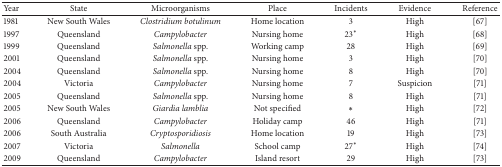
<table><thead><tr><td><b>Year</b></td><td><b>State</b></td><td><b>Microorganisms</b></td><td><b>Place</b></td><td><b>Incidents</b></td><td><b>Evidence</b></td><td><b>Reference</b></td></tr></thead><tbody><tr><td>1981</td><td>New South Wales</td><td><i>Clostridium botulinum</i></td><td>Home location</td><td>3</td><td>High</td><td>[67]</td></tr><tr><td>1997</td><td>Queensland</td><td><i>Campylobacter</i></td><td>Nursing home</td><td>23<sup><i>∗</i></sup></td><td>High</td><td>[68]</td></tr><tr><td>1999</td><td>Queensland</td><td><i>Salmonella </i>spp.</td><td>Working camp</td><td>28</td><td>High</td><td>[69]</td></tr><tr><td>2001</td><td>Queensland</td><td><i>Salmonella </i>spp.</td><td>Nursing home</td><td>3</td><td>High</td><td>[70]</td></tr><tr><td>2004</td><td>Queensland</td><td><i>Salmonella </i>spp.</td><td>Nursing home</td><td>8</td><td>High</td><td>[70]</td></tr><tr><td>2004</td><td>Victoria</td><td><i>Campylobacter</i></td><td>Nursing home</td><td>7</td><td>Suspicion</td><td>[71]</td></tr><tr><td>2005</td><td>Queensland</td><td><i>Salmonella </i>spp.</td><td>Nursing home</td><td>8</td><td>High</td><td>[71]</td></tr><tr><td>2005</td><td>New South Wales</td><td><i>Giardia lamblia</i></td><td>Not specified</td><td><i>∗</i></td><td>High</td><td>[72]</td></tr><tr><td>2006</td><td>Queensland</td><td><i>Campylobacter</i></td><td>Holiday camp</td><td>46</td><td>High</td><td>[71]</td></tr><tr><td>2006</td><td>South Australia</td><td><i>Cryptosporidiosis</i></td><td>Home location</td><td>19</td><td>High</td><td>[73]</td></tr><tr><td>2007</td><td>Victoria</td><td><i>Salmonella</i></td><td>School camp</td><td>27<sup><i>∗</i></sup></td><td>High</td><td>[74]</td></tr><tr><td>2009</td><td>Queensland</td><td><i>Campylobacter</i></td><td>Island resort</td><td>29</td><td>High</td><td>[73]</td></tr></tbody></table>